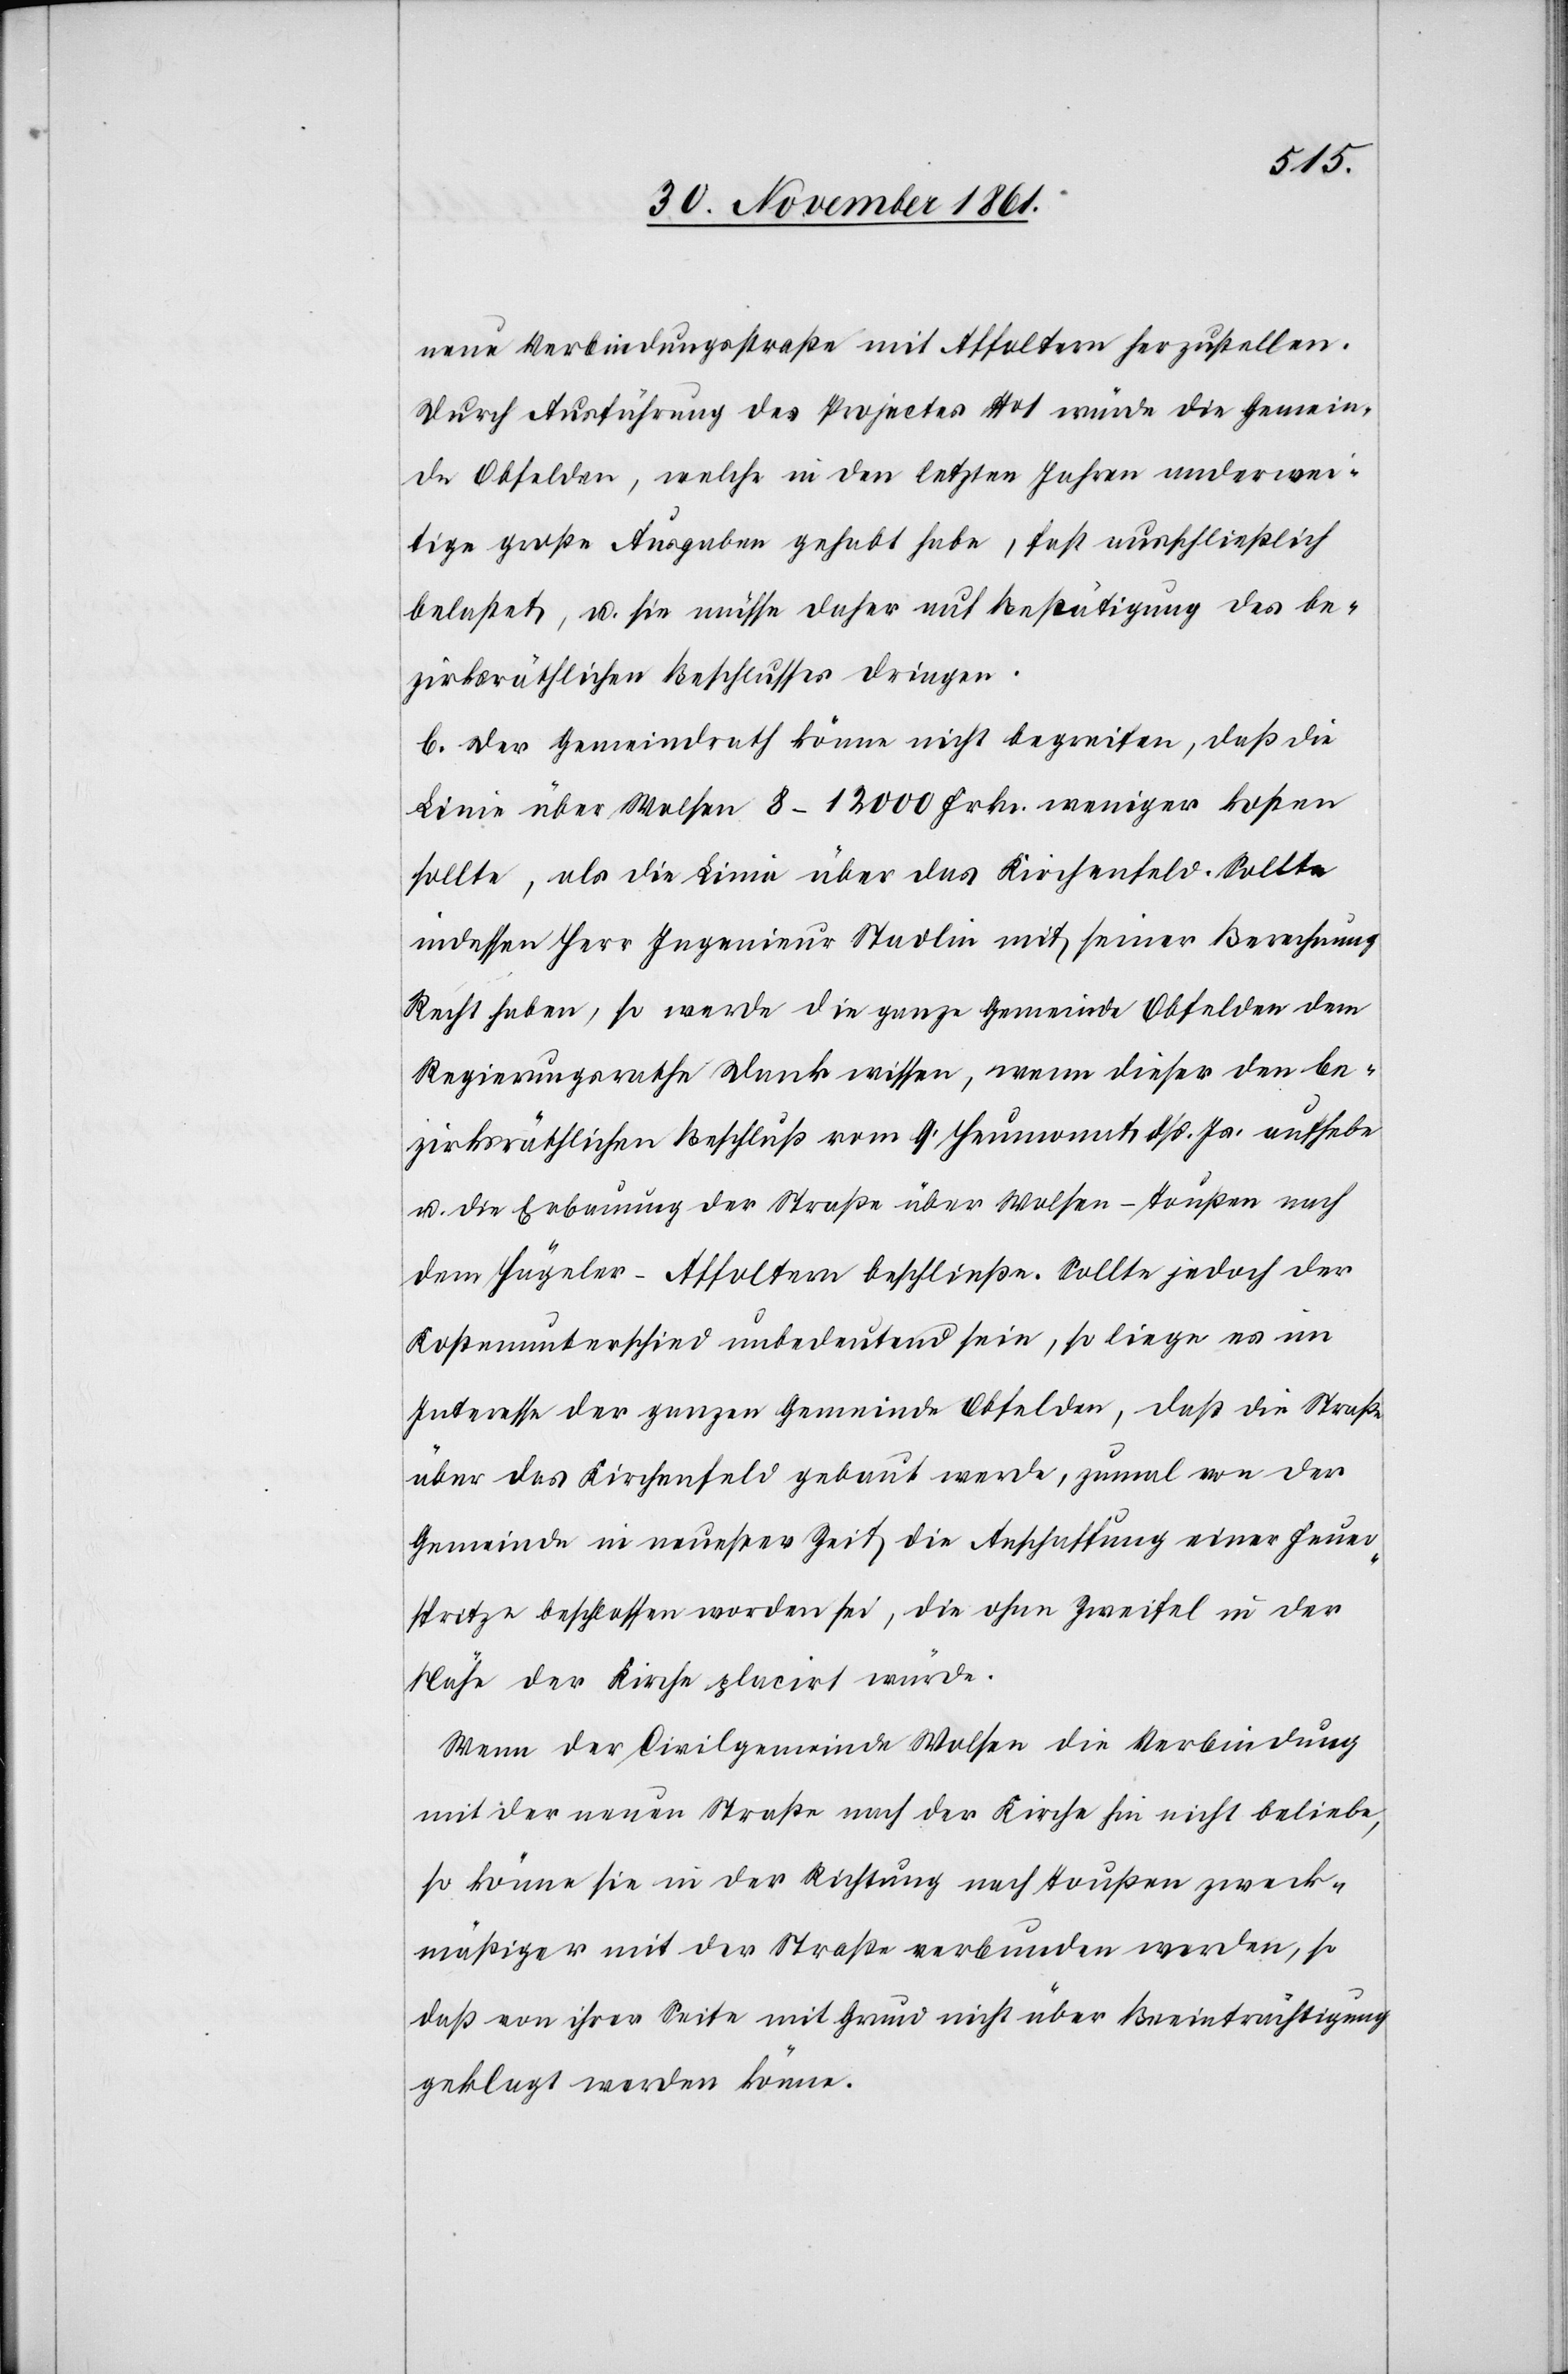
neue Verbindungstraße mit Affoltern herzustellen.
Durch Ausführung des Projectes No I würde die Gemein¬
de Obfelden, welche in den letzten Jahren anderwei¬
tige große Ausgaben gehabt habe, fast ausschließlich
belastet, u. sie müsse daher auf Bestätigung des be¬
zirksräthlichen Beschlusses dringen.
b. Der Gemeindrath könne nicht begreifen, daß die
Linie über Wolsen 8–12 000 Frk. weniger kosten
sollte, als die Linie über das Kirchenfeld. Sollte
indessen Herr Ingenieur Stadlin mit seiner Berechnung
Recht haben, so werde die ganze Gemeinde Obfelden dem
Regierungsrathe Dank wissen, wenn dieser den be¬
zirksräthlichen Beschluß vom 9 Heumonat dß. Js. aufhebe
u. die Erbauung der Straße über Wolsen-Toußen nach
dem Hügeler-Affoltern beschließe. Sollte jedoch der
Kostenunterschied unbedeutend sein, so liege es im
Interesse der ganzen Gemeinde Obfelden, daß die Straße
über das Kirchenfeld gebaut werde, zumal von der
Gemeinde in neuester Zeit die Anschaffung einer Feuer¬
spritze beschlossen worden sei, die ohne Zweifel in der
Nähe der Kirche placirt würde.
Wenn der Civilgemeinde Wolsen die Verbindung
mit der neuen Straße nach der Kirche hin nicht beliebe,
so könne sie in der Richtung nach Toußen zweck¬
mäßiger mit der Straße verbunden werden, so
daß von ihrer Seite mit Grund nicht über Beeinträchtigung
geklagt werden könne.